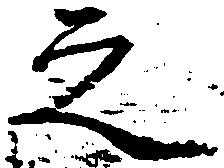
之